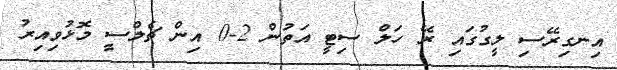
އިނގިރޭސި ލީގުގައި ރޭ ހަލް ސިޓީ އަތުން 2-0 އިން ޗެލްސީ މޮޅުވިއިރު